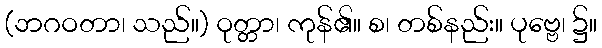
(ဘဂဝတာ၊ သည်။) ဝုတ္တာ၊ ကုန်၏။ စ၊ တစ်နည်း။ ပုဗ္ဗေ၊ ၌။